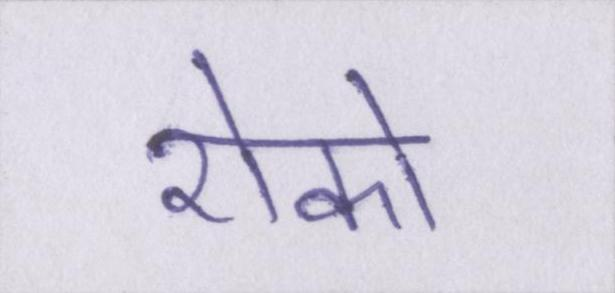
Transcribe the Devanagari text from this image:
रोको